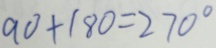
9 0 + 1 8 0 = 2 7 0 ^ { \circ }